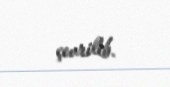
çevrilib.